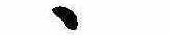
ゝ